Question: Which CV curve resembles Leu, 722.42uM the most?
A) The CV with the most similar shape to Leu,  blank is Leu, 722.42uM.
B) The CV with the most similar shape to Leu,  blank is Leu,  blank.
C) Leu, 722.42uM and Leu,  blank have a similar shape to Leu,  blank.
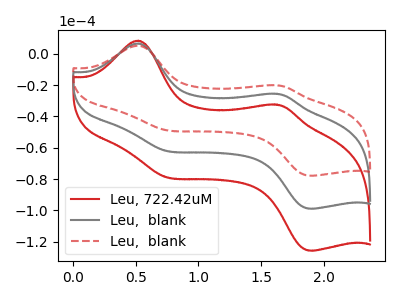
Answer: <think>The red curve "Leu, 722.42uM" has anodic peaks at (0.50V, 13.15uA) (1.60V, -51.00uA) and cathodic peaks at (0.70V, -122.95uA) (1.90V, -197.50uA). The gray curve "Leu,  blank" has anodic peaks at (0.50V, 6.55uA) (1.60V, -25.50uA) and cathodic peaks at (0.70V, -61.45uA) (1.90V, -98.75uA). The red dashed curve "Leu,  blank" has anodic peaks at (0.50V, 5.15uA) (1.60V, -20.05uA) and cathodic peaks at (0.70V, -48.35uA) (1.90V, -77.70uA).
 All the peaks in "Leu, 722.42uM" have a peak in "Leu,  blank" at the same potential. All the peaks in "Leu, 722.42uM" have a peak in "Leu,  blank" at the same potential. All the peaks in "Leu,  blank" have a peak in "Leu,  blank" at the same potential.</think>
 <answer>C) "Leu, 722.42uM" and "Leu,  blank" have a similar shape to "Leu,  blank".</answer>
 <eval>C</eval>